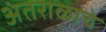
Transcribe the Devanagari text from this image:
अंतराळाचे